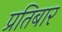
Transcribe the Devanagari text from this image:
प्रतिबार